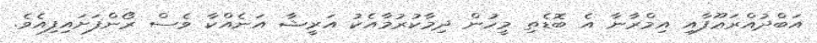
އަބްދުއްރަޢޫފާއި އިމްރާނާ އެ ބޮޑެތި މީހުން ދިމާކުރުމާއެކު އަރީޝާ އަނެއްކާ ވެސް ރޯންފަށައިފިއެވެ.